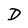
Character: D